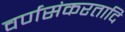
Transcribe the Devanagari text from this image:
वर्णसंकरतादि